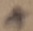
Text: +